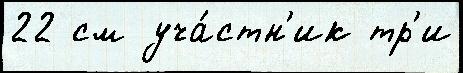
22 см уча́стн'ик тр'и